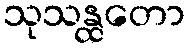
သုသန္ထတော